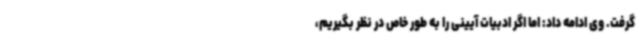
گرفت. وی ادامه داد: اما اگر ادبیات آیینی را به طور خاص در نظر بگیریم،